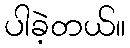
ပါခဲ့တယ်။